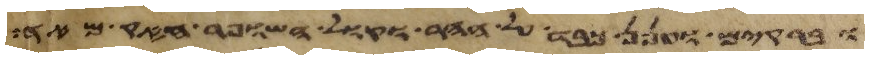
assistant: וברקים וענן כבד על ההר וקול השופר חזק מאד